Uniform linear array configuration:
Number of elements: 48
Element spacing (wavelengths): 0.25
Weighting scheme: hamming
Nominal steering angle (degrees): -45
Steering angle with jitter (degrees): -46.784
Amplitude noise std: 0.05
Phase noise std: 0.05

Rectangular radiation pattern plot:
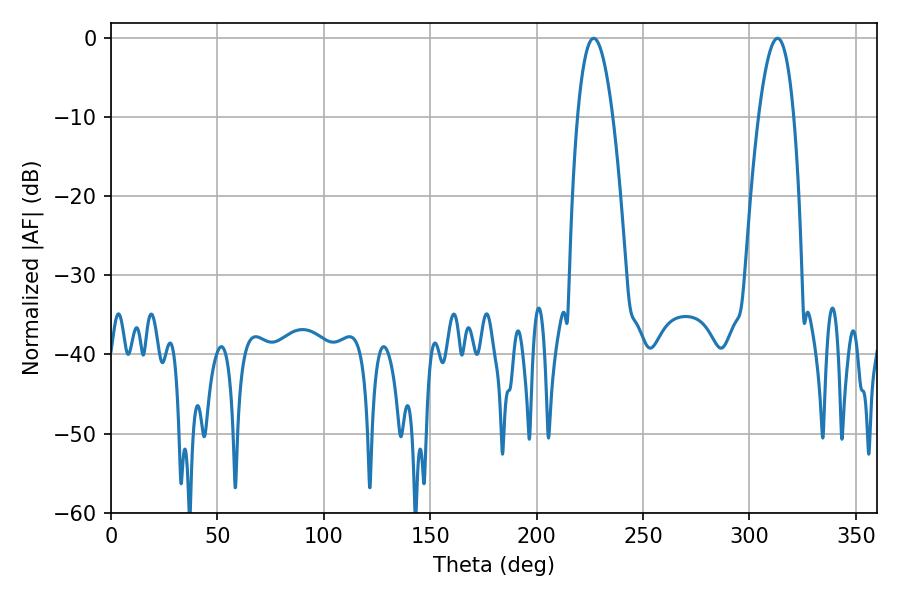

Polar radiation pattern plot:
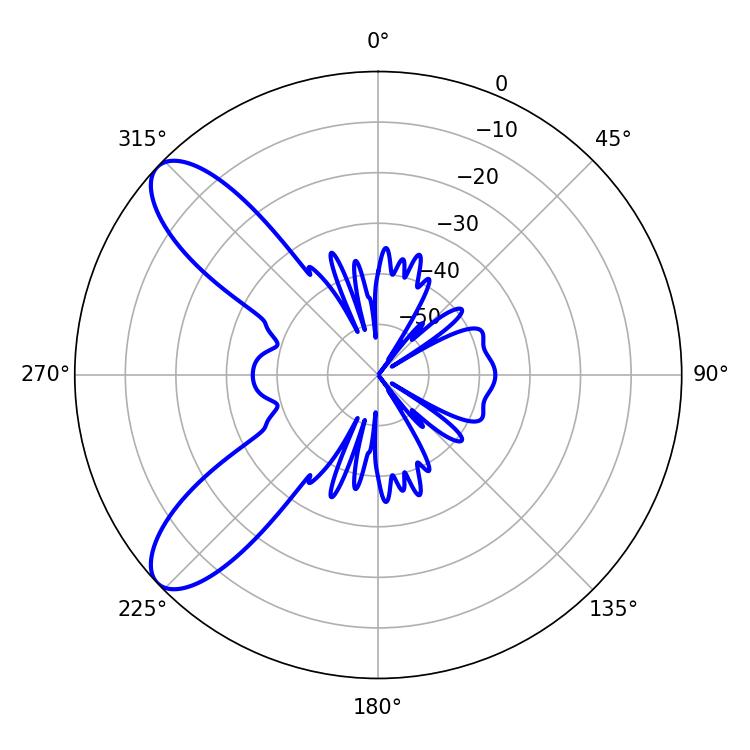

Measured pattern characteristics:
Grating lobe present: FALSE
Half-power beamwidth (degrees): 9.18
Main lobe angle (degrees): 226.8